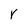
Character: r